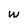
Character: w